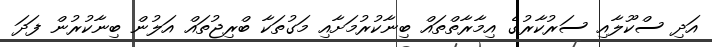
އަދި ސްކޫލާއި ސަރުކާރުގެ އިމާރާތްތައް ބިނާކުރުމަށާއި މަގުތަކާ ބްރިޖުތައް އަލުން ބިނާކުރުން ފަދަ